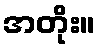
အတိုး။